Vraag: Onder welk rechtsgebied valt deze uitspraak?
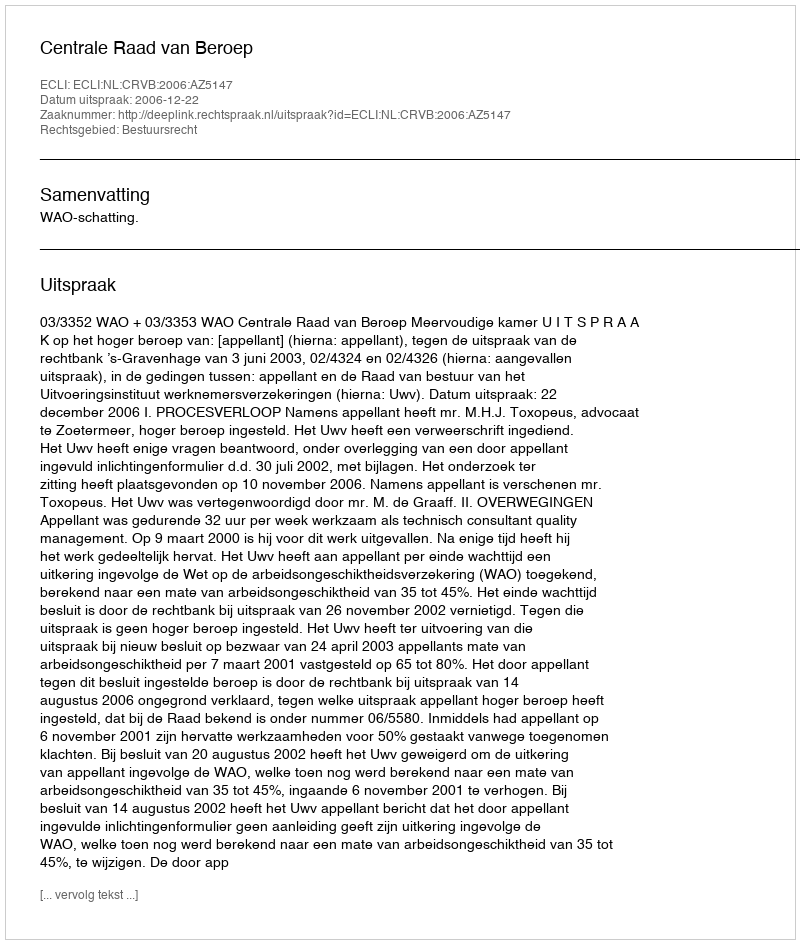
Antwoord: Bestuursrecht